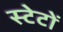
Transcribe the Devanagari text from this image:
स्टेटों